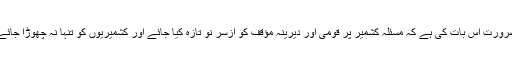
ضرورت اس بات کی ہے کہ مسئلہ کشمیر پر قومی اور دیرینہ مؤقف کو ازسر نو تازہ کیا جائے اور کشمیریوں کو تنہا نہ چھوڑا جائے ۔